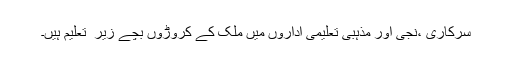
سرکاری ،نجی اور مذہبی تعلیمی اداروں میں ملک کے کروڑوں بچے زیر ِ تعلیم ہیں۔